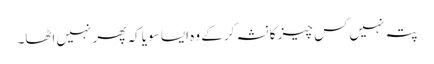
پتہ نہیں‌کس چیز کا نشہ کر کے وہ ایسا سویا کہ پھر نہیں‌اٹھا۔